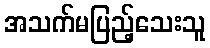
အသက်မပြည့်သေးသူ